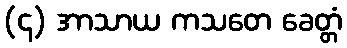
(၄) အာသာယ ကသတေ ခေတ္တံ